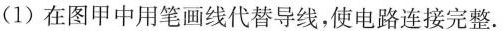
(1)在图甲中用笔画线代替导线，使电路连接完整。